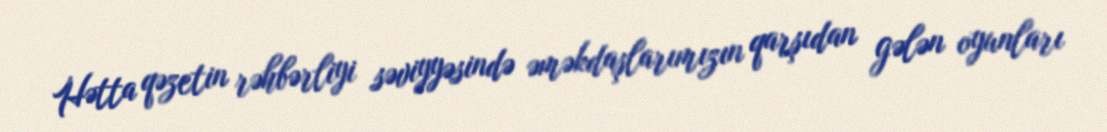
Hətta qəzetin rəhbərliyi səviyyəsində əməkdaşlarımızın qarşıdan gələn oyunları